Leningradi_Edasi_toimetus, lk 31
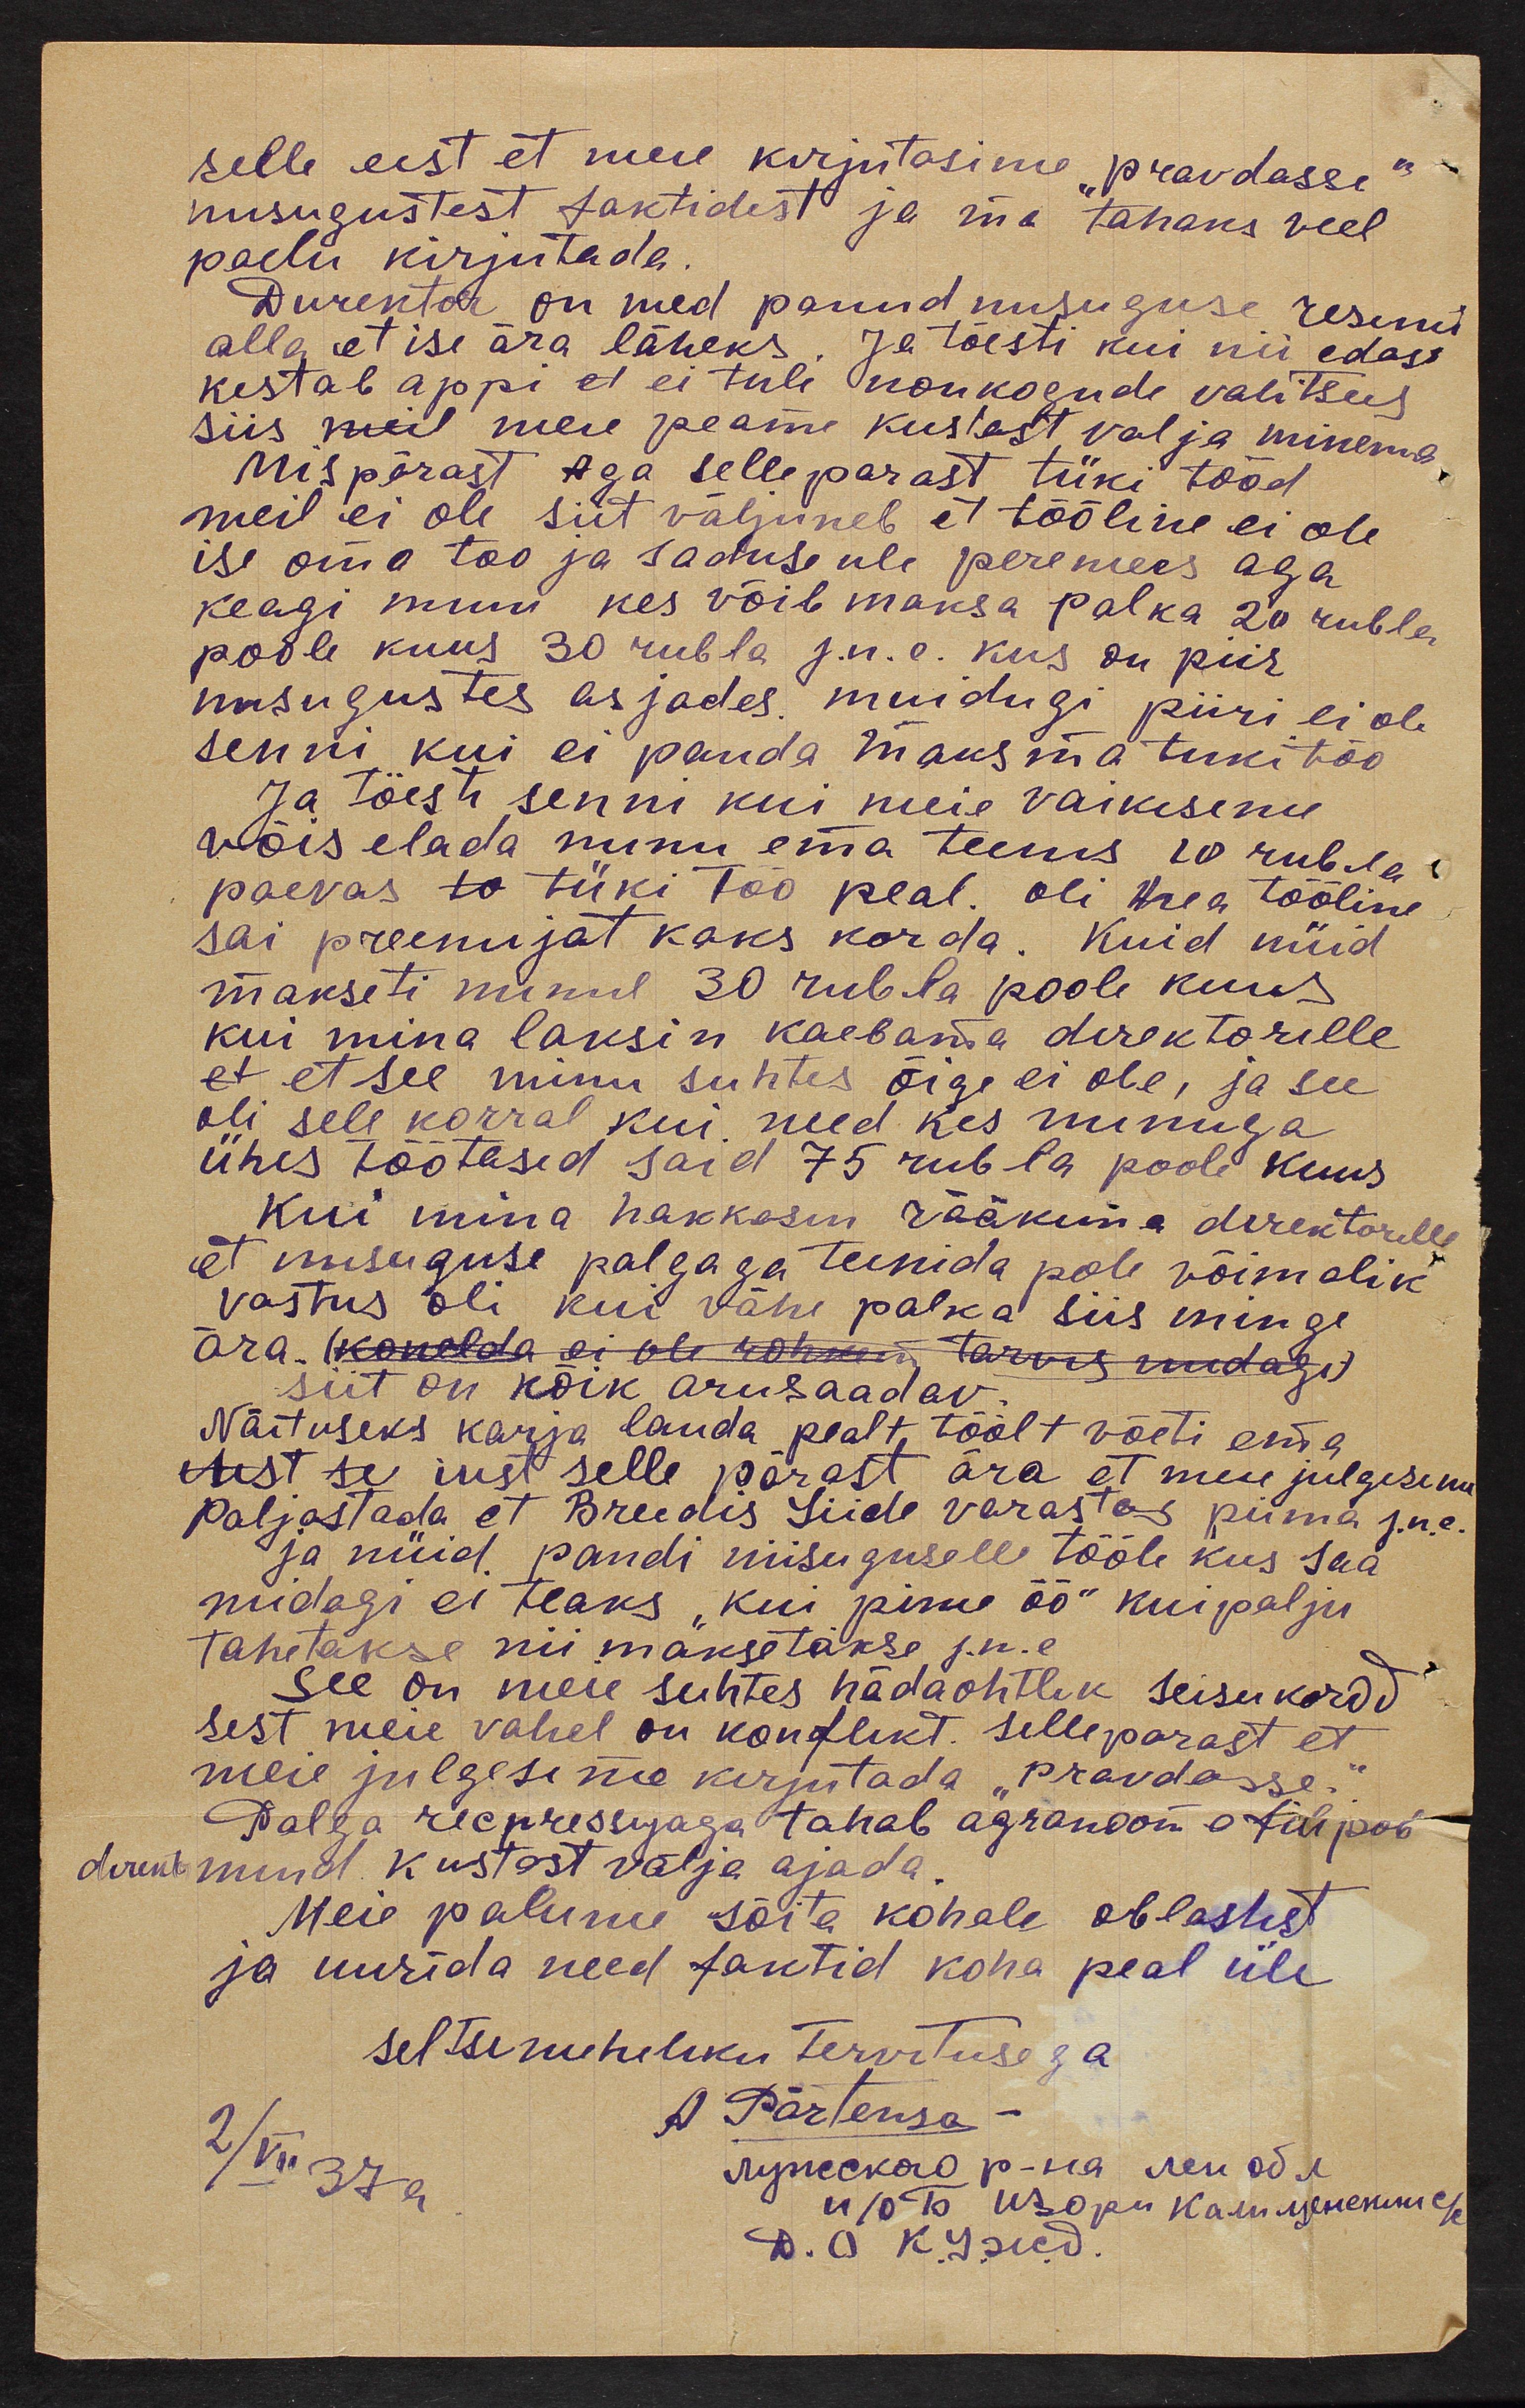
selle eest et meie kirjutasime "pravdasse"
niisugustest faktidest ja ma tahaks veel
paelu kirjutada.
Durektor on med panud niisuguse resinud
alla, et ise ära läheks, Ja tõesti kui nii edasi
kestab appi et ei tule nõukogude valitsus
siis meie peame kustast, välja minema
Mis pärast aga sellepärast tüki tööd
meil ei ole siit väljuneb et tööline ei ole
ise oma too ja saduse üle peremees aga
keagi muu kes võib maksa palka 20 rubla
poole kuus 30 rubla j.n.e. kus on piir
niisugustes asjades muidugi piiri ei ole
senni kui ei panda maksma tükitöö
Ja töesti senni kui meie vaikisime
võis elada minu ema teenis 10 rubla.
paevas tüki too peal. oli hea tööline
sai preemijat kaks korda. Kuid nüid
makseti minul 30 rubla poole kuus
kui mina laksin kaebama direktorille
et et see minu suhtes õige ei ole, ja see
oli sele korral kui need kes minuga.
ühis töötasid said 75 rubla poole kuus
kui mina hakkasin rääkima direktorille
et niisuguse palgaga teenida pole võimalik
vastus oli kui vähe palka siis minge
ära. (Konelda ei ole rohkem tarvis midagi)
siit on kõik arusaadav
Näituseks karja lauda pealt, töölt võeti ema
iust selle pärast ära et meie julgesime
paljastada et Breedis Liide varastas piima jne.
ja nüid pandi niisuguselle tööle kus saa
midagi ei teaks, "kui pime öö" kui palju
tahetakse nii maksetakse j.n.e.
see on meie suhtes hädaohtlik seisukord
sest meie vahel on konflikt. Sellepärast et
meie julgesime kirjutada "Pravdasse."
Palga recpressijaga tahab agronoom on staipob
direktor mind Kustast välja ajada.
Meie palume sõita kohale oblastist
ja uurida need faktid koha peal üle
seltsimeheliku tervitusega
2/VII 37a
A Pärtenson
Лупескао p-sa wenad.
"п/огъ изори Ками мененистей
d. O. K. Tsuid.